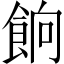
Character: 餉